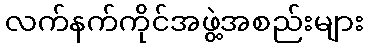
လက်နက်ကိုင်အဖွဲ့အစည်းများ